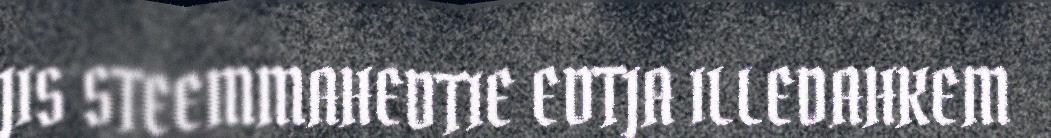
JIS STEEMMAHEDTIE EDTJA ILLEDAHKEM